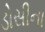
ડોસીના